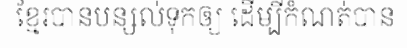
ខ្មែរបានបន្សល់ទុកឲ្យ ដើម្បីកំណត់បាន